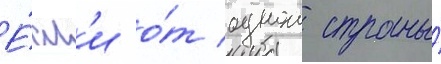
Е́сл'и о́т однои страны́